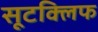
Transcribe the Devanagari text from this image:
सूटक्लिफ